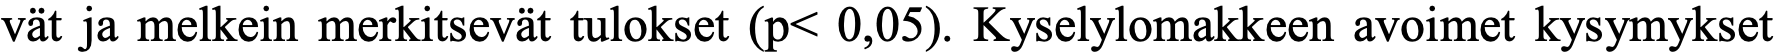
vät ja melkein merkitsevät tulokset (p< 0,05). Kyselylomakkeen avoimet kysymykset